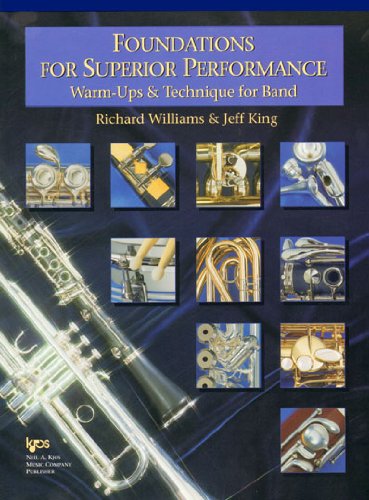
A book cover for W32TC -Foundations for Superior Performance: Warm-ups and Technique for Band : Euphonium T.C.; Richard Williams; Teen & Young Adult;